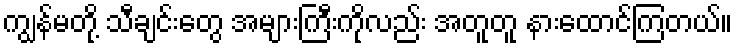
ကျွန်မတို့ သီချင်းတွေ အများကြီးကိုလည်း အတူတူ နားထောင်ကြတယ်။